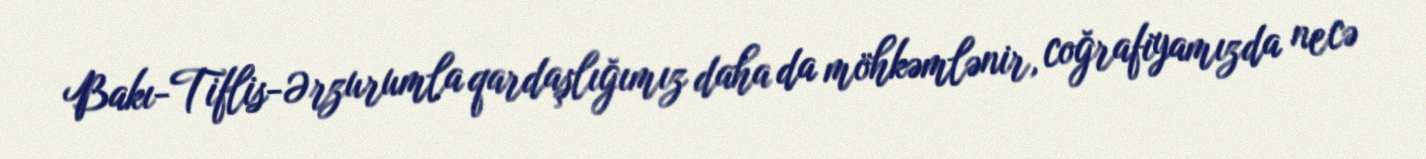
Bakı-Tiflis-Ərzurumla qardaşlığımız daha da möhkəmlənir, coğrafiyamızda necə